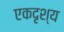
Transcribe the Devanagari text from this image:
एकदृश्य